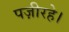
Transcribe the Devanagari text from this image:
पज़ीरहे।